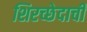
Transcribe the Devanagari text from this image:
शिरच्छेदाची